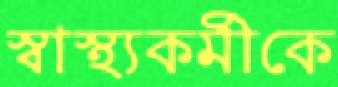
স্বাস্থ্যকর্মীকে